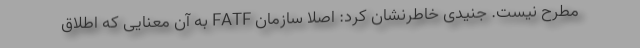
مطرح نیست. جنیدی خاطرنشان کرد: اصلاً سازمان FATF به آن معنایی که اطلاق